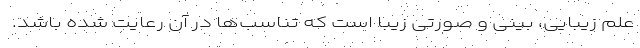
علم زیبایی، بینی و صورتی زیبا است که تناسب‌ها در آن رعایت شده باشد.